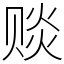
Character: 赕